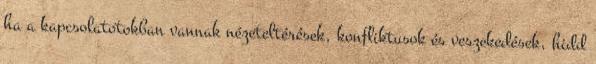
ha a kapcsolatotokban vannak nézeteltérések, konfliktusok és veszekedések, hidd